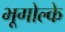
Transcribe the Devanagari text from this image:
भूगोल्के